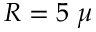
R = 5 \ \mu